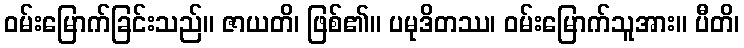
ဝမ်းမြောက်ခြင်းသည်။ ဇာယတိ၊ ဖြစ်၏။ ပမုဒိတဿ၊ ဝမ်းမြောက်သူအား။ ပီတိ၊